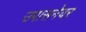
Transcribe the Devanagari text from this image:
उपासनेवर